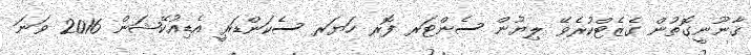
ޤާނޫނީގޮތުން ގެޒެޓްކުރެވޭ ލިޔުން ސެންޓަރ ފޮރ ހަޔަރ ސެކަންޑަރީ އެޑިއުކޭޝަން 2016 ވަނަ